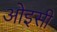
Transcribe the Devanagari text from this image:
ओइसी